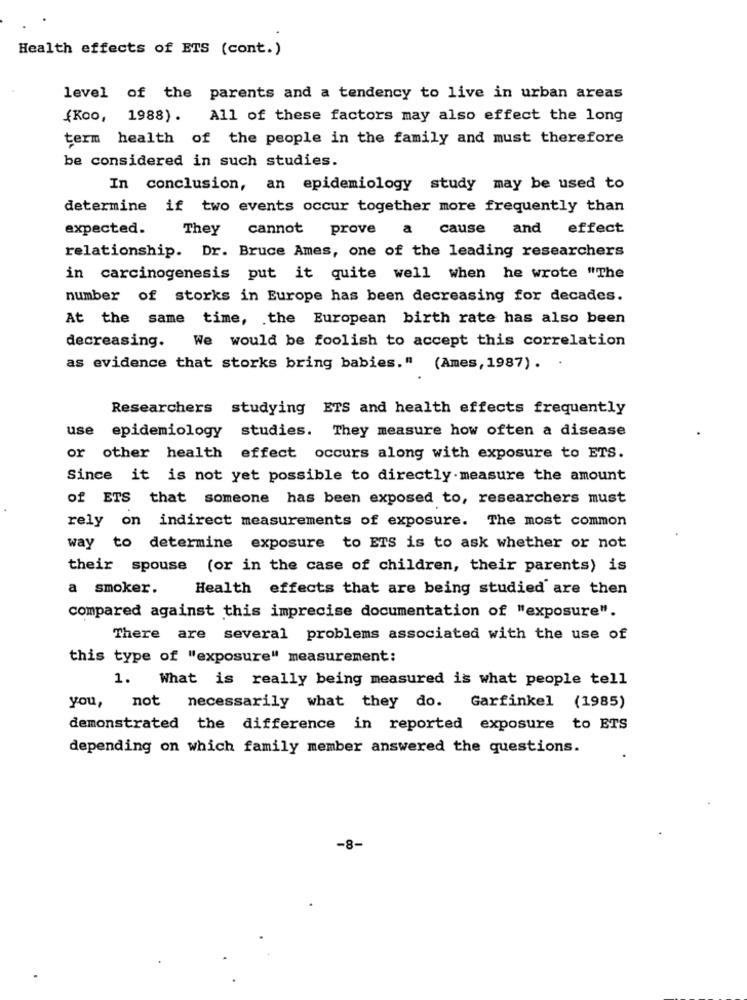
Health effects of ETS (cont.)
level of the parents and a tendency to live in urban areas
{Koo, 1988). All of these factors may also effect the long
term health of the people in the family and must therefore
be considered in such studies.
In conclusion, an epidemiology study may be used to
determine if two events occur together more frequently than
expected.
They cannot prove a cause
and effect
relationship. Dr. Bruce Ames, one of the leading researchers
in carcinogenesis put it quite well when he wrote "The
number of storks in Europe has been decreasing for decades.
At the same time, the European birth rate has also been
decreasing. We would be foolish to accept this correlation
as evidence that storks bring babies." (Ames, 1987). .
Researchers studying ETS and health effects frequently
use epidemiology studies. They measure how often a disease
or other health effect occurs along with exposure to ETS.
Since it is not yet possible to directly measure the amount
of ETS that someone has been exposed to, researchers must
rely on indirect measurements of exposure. The most common
way to determine exposure to ETS is to ask whether or not
their spouse (or in the case of children, their parents) is
a smoker.
Health effects that are being studied are then
compared against this imprecise documentation of "exposure".
There are several problems associated with the use of
this type of "exposure" measurement;
1. What is really being measured is what people tell
you, not necessarily what they do. Garfinkel (1985)
demonstrated the difference in reported exposure to ETS
depending on which family member answered the questions.
-8-